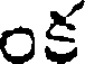
ంక